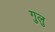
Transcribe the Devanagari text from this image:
गुलु